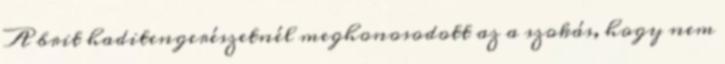
A brit haditengerészetnél meghonosodott az a szokás, hogy nem